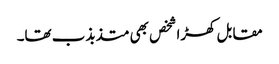
مقابل کھڑا شخص بھی متذبذب تھا۔